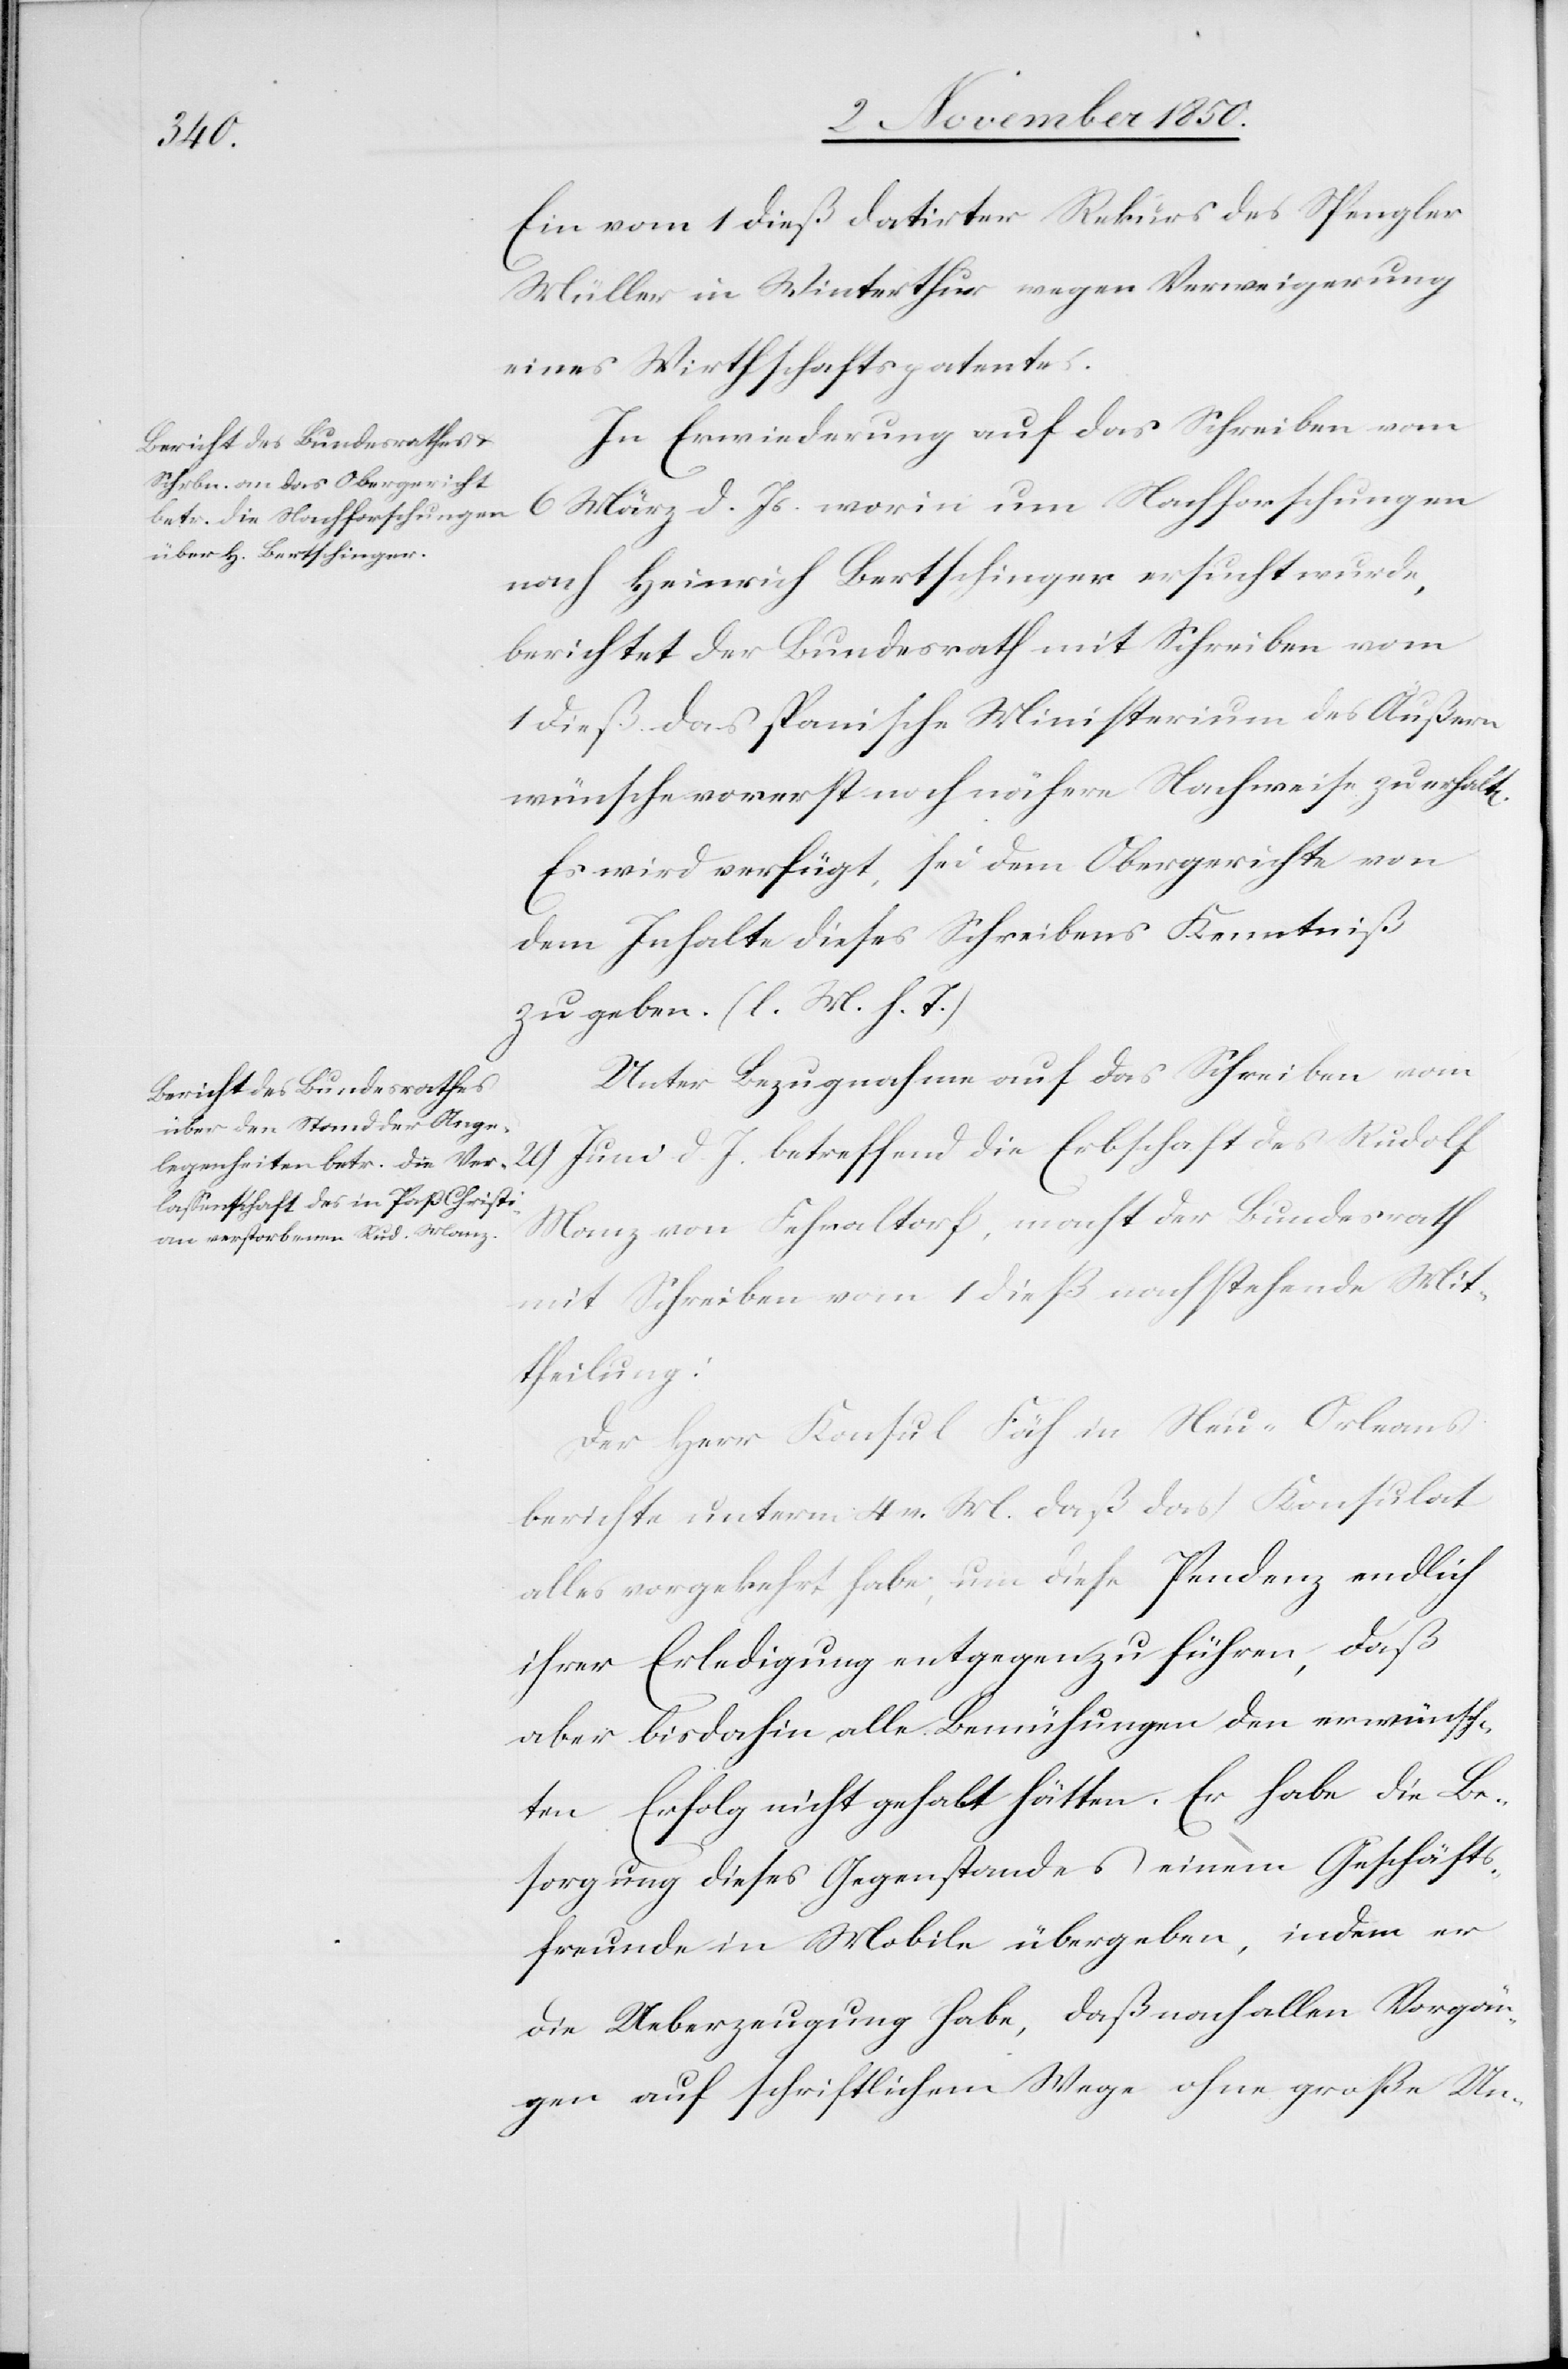
3. November 1850.]
n].
Ein vom 1 dieß datirter Rekurs des Spengler
Müller in Winterthur wegen Verweigerung
eines Wirthschaftspatentes.
In Erwiederung auf das Schreiben vom
nach Heinrich Bertschinger ersucht wurde,
berichtet der Bundesrath mit Schreiben vom
1 dieß das spanische Ministerium des Äußern
wünsche vorerst noch nähere Nachweise zu erhalt[e¬
Es wird verfügt, sei dem Obergerichte von
dem Inhalte dieses Schreibens Kenntniß
zu geben. (l. M. h. T.)
Unter Bezugnahme auf das Schreiben vom
29 Juni d. J. betreffend die Erbschaft des Rudolf
Manz von Fehraltorf, macht der Bundesrath
mit Schreiben vom 1 dieß nachstehende Mit¬
theilung:
Der Herr Konsul Fäh in Neu-Orleans
berichte unterm 4 v. M. daß das Konsulat
alles vorgekehrt habe, um diese Pendenz endlich
ihrer Erledigung entgegenzuführen, daß
aber bisdahin alle Bemühungen den erwünsch¬
ten Erfolg nicht gehabt hätten. Er habe die Be¬
sorgung dieses Gegenstandes einem Geschäfts¬
freunde in Mobile übergeben, indem er
die Ueberzeugung habe, daß nach allen Vorgän¬
gen auf schriftlichem Wege ohne große Un-